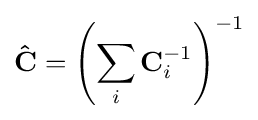
\mathbf {\hat {C}} =\left(\sum _{i}\mathbf {C} _{i}^{-1}\right)^{-1}